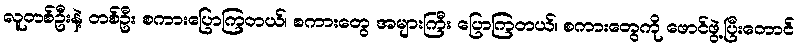
လူတစ်ဦးနဲ့ တစ်ဦး စကားပြောကြတယ်၊ စကားတွေ အများကြီး ပြောကြတယ်၊ စကားတွေကို ဖောင်ဖွဲ့ပြီးတောင်